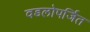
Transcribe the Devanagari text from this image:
वडलोपर्जित